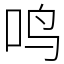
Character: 鸣